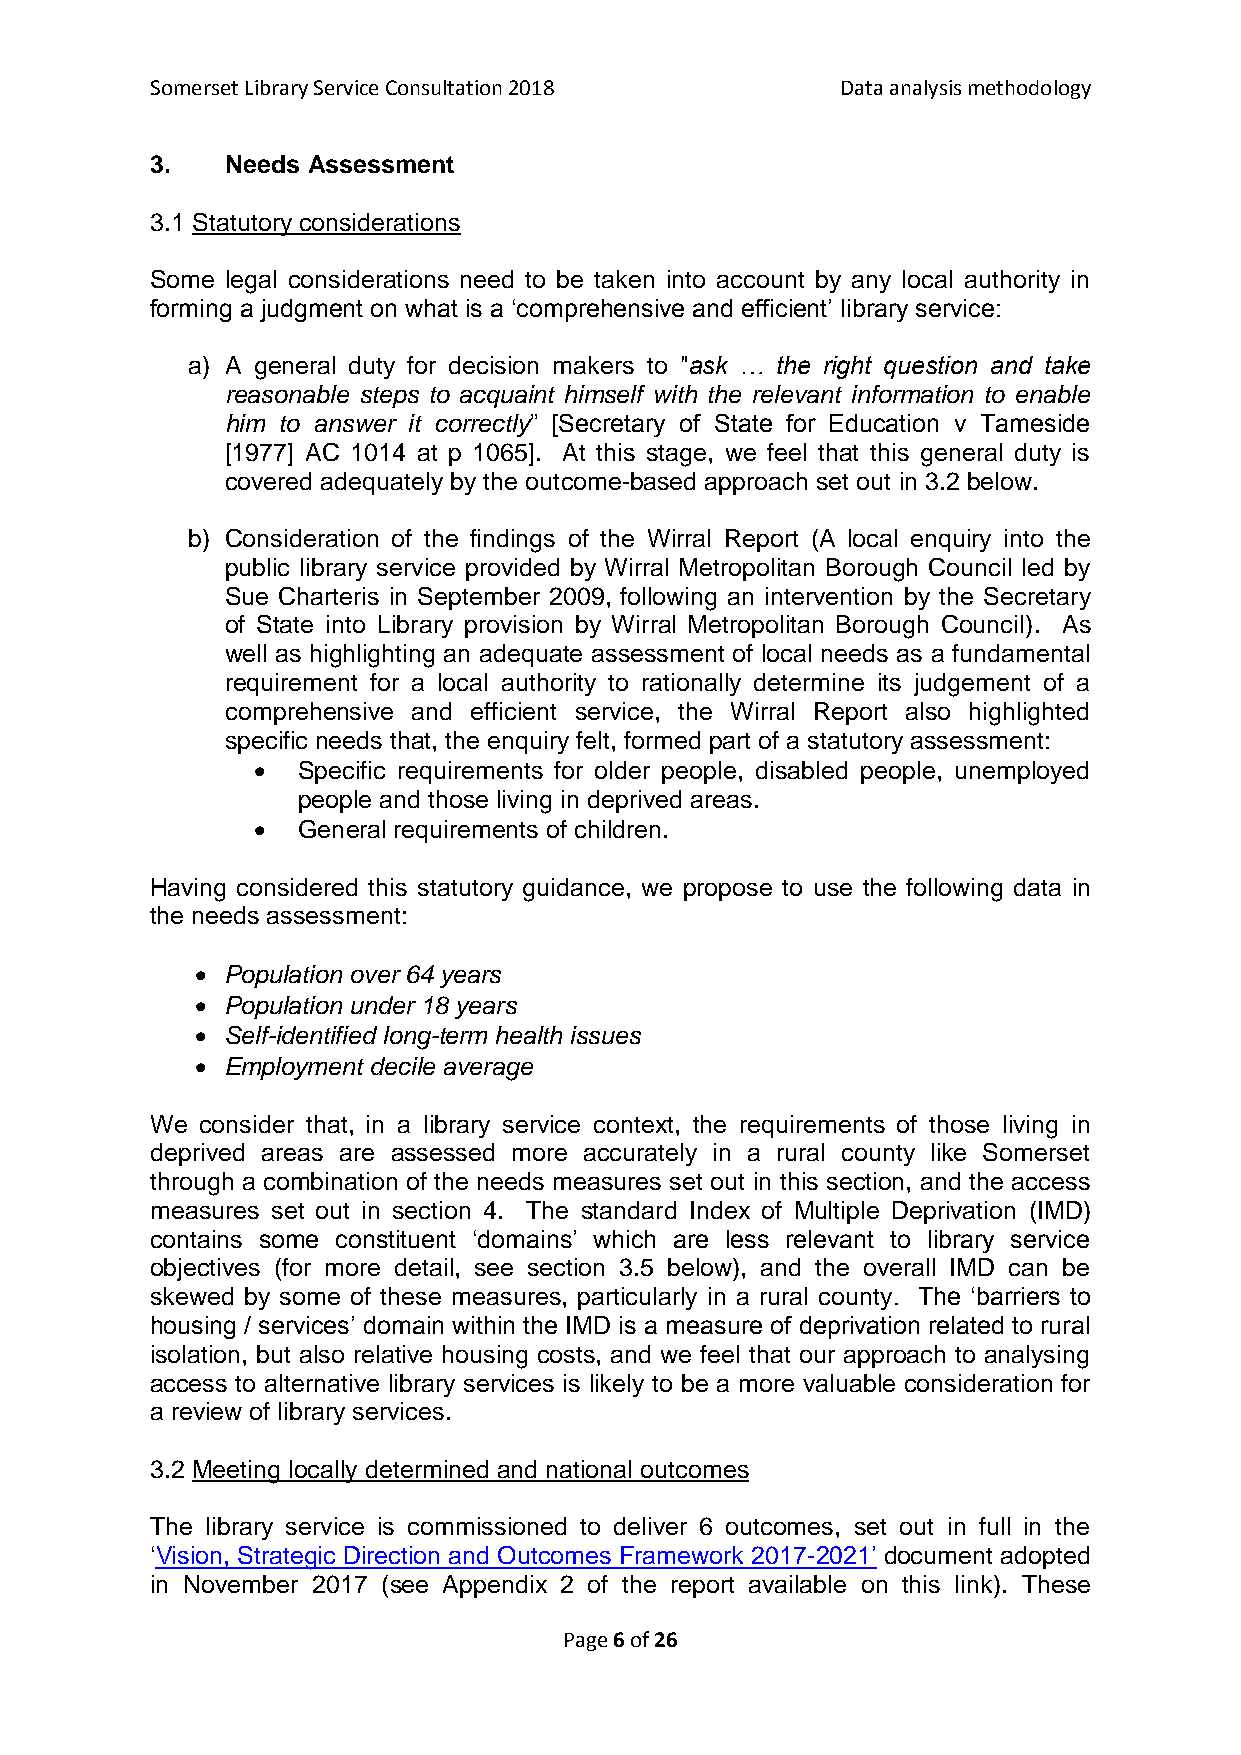
Somerset Library Service Consultation 2018    Data analysis methodology
 3.   Needs Assessment
 3.1 Statutory considerations
 Some legal considerations need to be taken into account by any local authority in
 forming a judgment on what is a ‘comprehensive and efficient’ library service:
 a) A general duty for decision makers to "ask … the right question and take
 reasonable steps to acquaint himself with the relevant information to enable
 him to answer it correctly” [Secretary of State for Education v Tameside
 [1977] AC 1014 at p 1065]. At this stage, we feel that this general duty is
 covered adequately by the outcome-based approach set out in 3.2 below.
 b) Consideration of the findings of the Wirral Report (A local enquiry into the
 public library service provided by Wirral Metropolitan Borough Council led by
 Sue Charteris in September 2009, following an intervention by the Secretary
 of State into Library provision by Wirral Metropolitan Borough Council). As
 well as highlighting an adequate assessment of local needs as a fundamental
 requirement for a local authority to rationally determine its judgement of a
 comprehensive and efficient service, the Wirral Report also highlighted
 specific needs that, the enquiry felt, formed part of a statutory assessment:
   Specific requirements for older people, disabled people, unemployed
 people and those living in deprived areas.
   General requirements of children.
 Having considered this statutory guidance, we propose to use the following data in
 the needs assessment:
  Population over 64 years
  Population under 18 years
  Self-identified long-term health issues
  Employment decile average
 We consider that, in a library service context, the requirements of those living in
 deprived areas are assessed more accurately in a rural county like Somerset
 through a combination of the needs measures set out in this section, and the access
 measures set out in section 4. The standard Index of Multiple Deprivation (IMD)
 contains some constituent ‘domains’ which are less relevant to library service
 objectives (for more detail, see section 3.5 below), and the overall IMD can be
 skewed by some of these measures, particularly in a rural county. The ‘barriers to
 housing / services’ domain within the IMD is a measure of deprivation related to rural
 isolation, but also relative housing costs, and we feel that our approach to analysing
 access to alternative library services is likely to be a more valuable consideration for
 a review of library services.
 3.2 Meeting locally determined and national outcomes
 The library service is commissioned to deliver 6 outcomes, set out in full in the
 ‘Vision, Strategic Direction and Outcomes Framework 2017-2021’ document adopted
 in November 2017 (see Appendix 2 of the report available on this link). These
 Page 6 of 26